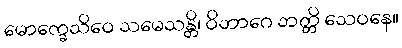
မောက္ခေသိဝေ သမေသန္တိ၊ ဝိဘာဂေ ဘတ္တိ သေဝနေ။